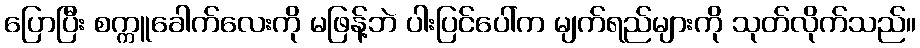
ပြောပြီး စက္ကူခေါက်လေးကို မဖြန့်ဘဲ ပါးပြင်ပေါ်က မျက်ရည်များကို သုတ်လိုက်သည်။